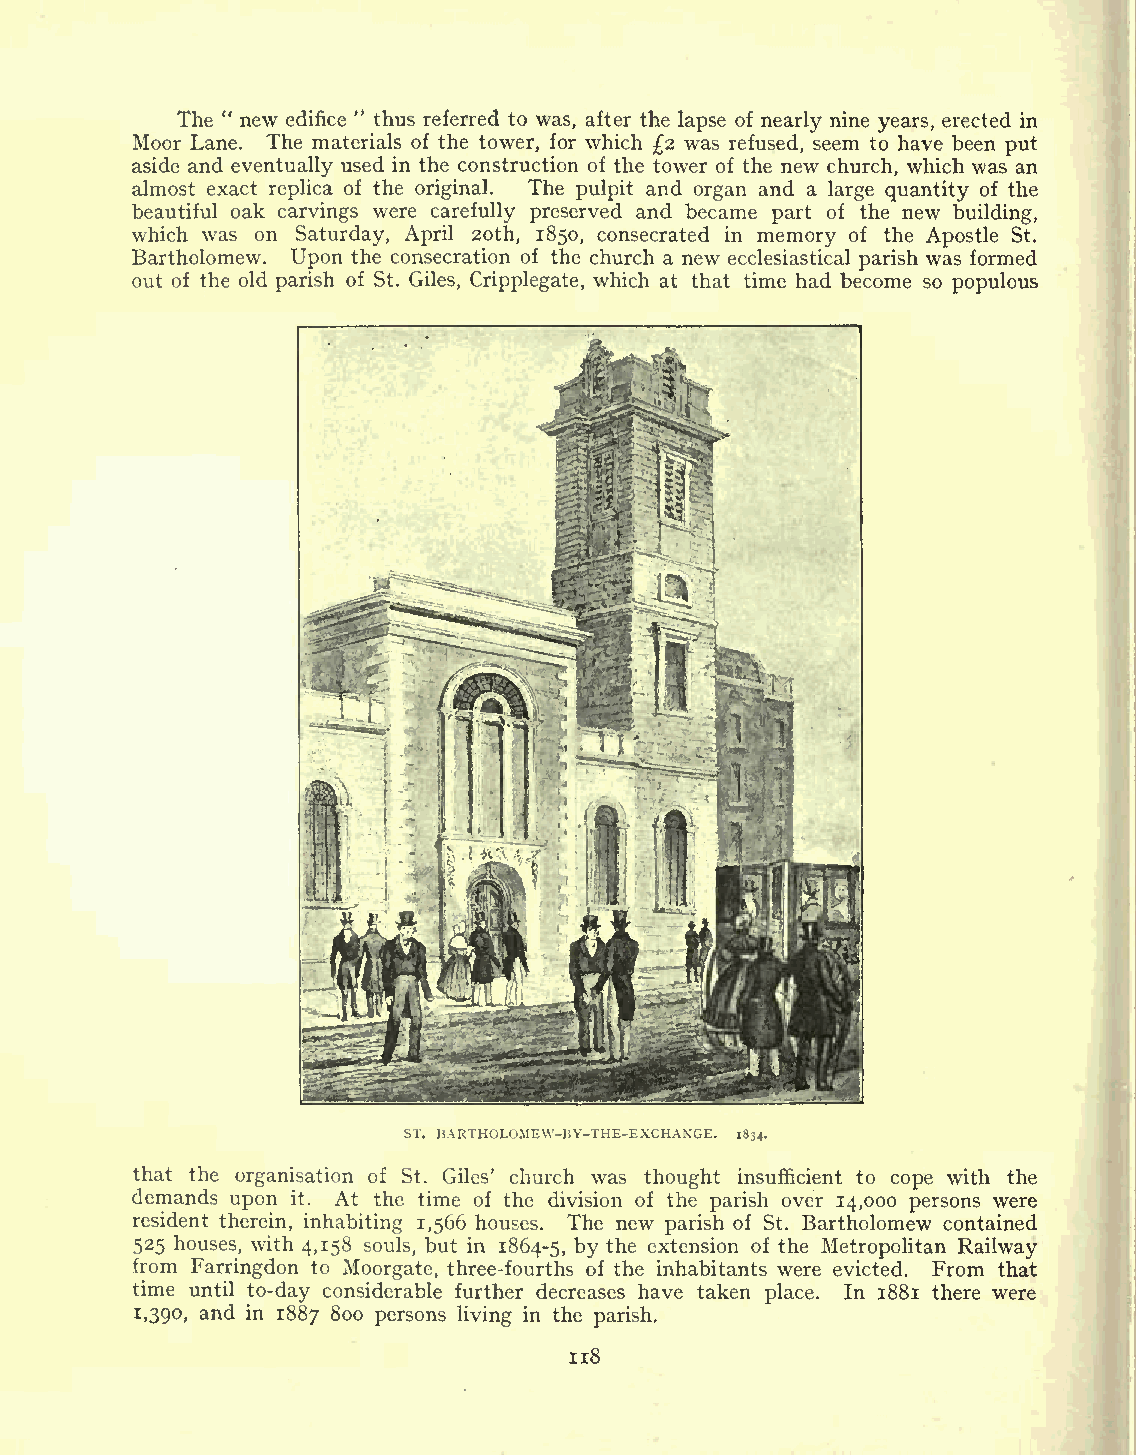
The " new edifice " thus referred to was, after the lapse of nearly nine years, erected in
 Moor Lane. The materials of the tower, for which 2 was refused, seem to have been put
 aside and eventually used in the construction of the tower of the new church, which was an
 almost exact replica of the original. The pulpit and organ and a large quantity of the
 beautiful oak carvings were carefully preserved and became part of the new building,
 which was on Saturday, April 20th, 1850, consecrated in memory of the Apostle St.
 Bartholomew. Upon the consecration of the church a new ecclesiastical parish was formed
 out of the old parish of St. Giles, Cripplegate, which at that time had become so populous
 ST. BARTHOLOMEVV-BY-THE-EXCHANGE. 1834.
 that the organisation of St. Giles' church was thought insufficient to cope with the
 demands upon it. At the time of the division of the parish over 14,000 persons were
 resident therein, inhabiting 1,566 houses. The new parish of St. Bartholomew contained
 525 houses, with 4,158 souls, but in 1864-5, by the extension of the Metropolitan Railway
 from Farringdon to Moorgate, three-fourths of the inhabitants were evicted. From that
 time until to-day considerable further decreases have taken place. In 1881 there were
 1,390, and in 1887 800 persons living in the parish.
 118